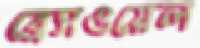
ব্রেসওয়েল